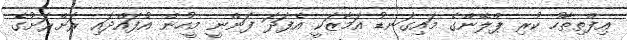
އިފްތިތާހު ކުރި ޕްލޭންގެ މައިގަނޑު އަމާޒަކީ އެފަދަ ފަންނީ މީހުން އުފައްދައި ރަށްރަށުގެ